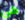
هي